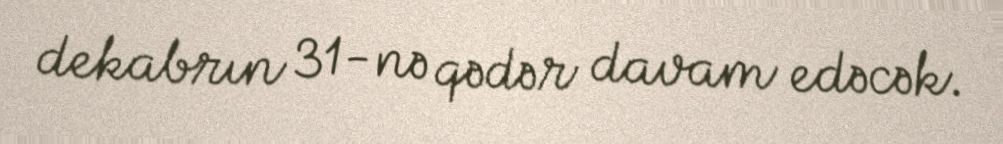
dekabrın 31-nə qədər davam edəcək.